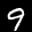
Label: 9